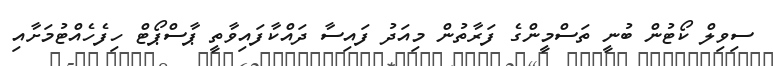
ސިވިލް ކޯޓުން ބުނީ ތަސްމީންގެ ފަރާތުން މިއަދު ފައިސާ ދައްކާފައިވާތީ ޕާސްޕޯޓް ހިފެހެއްޓުމަށާއި